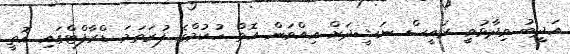
އަދީބު ވިދާޅުވީ ރައީސް ނަޝީދަށް އިއްވަން އޮތް ހުކުމްގެ ފުރަތަމަ ޑްރާފްޓްގައި އޮތީ